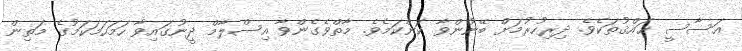
އަސާސީ ޙައްޤުތަކެވެ. ދިރިހުރުމަށް ބޭނުންވާ ކަންކަމެވެ. މާތްވެގެންވާ އިސްލާމް ދީނުގައިވާ ހަމަހަމަކަމުގެ މަތިން